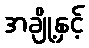
အချို့နှင့်